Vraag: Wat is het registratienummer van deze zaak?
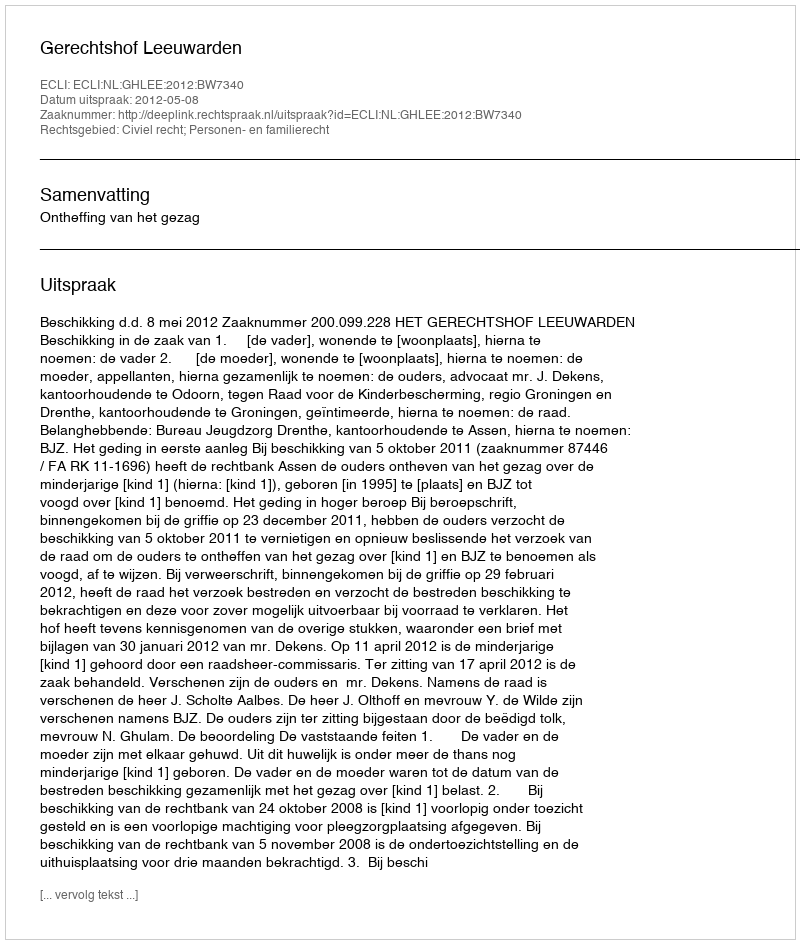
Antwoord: http://deeplink.rechtspraak.nl/uitspraak?id=ECLI:NL:GHLEE:2012:BW7340